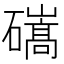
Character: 𥖱